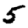
Digit: 5